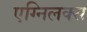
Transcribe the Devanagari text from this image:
एग्निलक्स